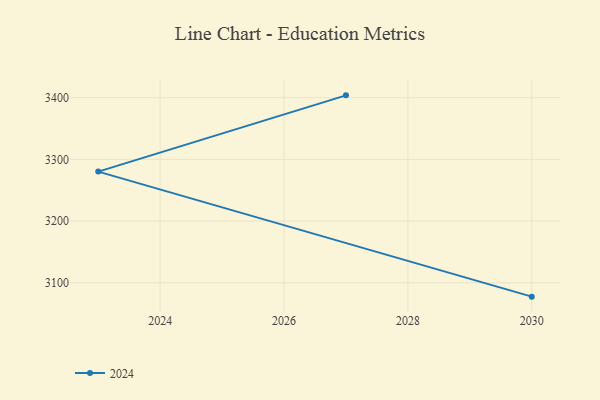
{"axis": {"x": "Year", "y": "LTV (USD)"}, "legend": ["2024"], "data": [{"x": "2027", "y": 3403.8, "type": "2024"}, {"x": "2023", "y": 3280.2, "type": "2024"}, {"x": "2030", "y": 3077.5, "type": "2024"}]}